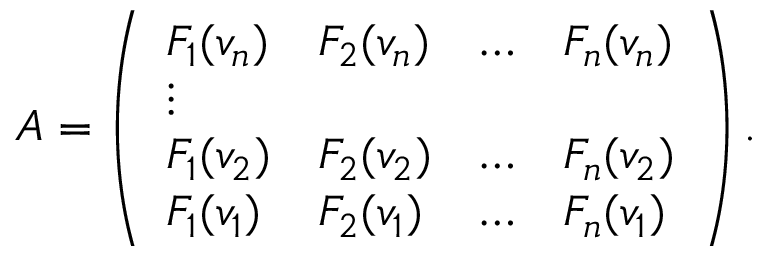
A = \left( \begin{array} { l l l l } { F _ { 1 } ( v _ { n } ) } & { F _ { 2 } ( v _ { n } ) } & { \ldots } & { F _ { n } ( v _ { n } ) } \\ { \vdots } \\ { F _ { 1 } ( v _ { 2 } ) } & { F _ { 2 } ( v _ { 2 } ) } & { \ldots } & { F _ { n } ( v _ { 2 } ) } \\ { F _ { 1 } ( v _ { 1 } ) } & { F _ { 2 } ( v _ { 1 } ) } & { \ldots } & { F _ { n } ( v _ { 1 } ) } \end{array} \right) .